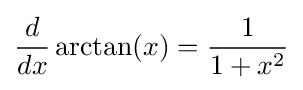
{\frac {d}{dx}}\arctan(x)={\frac {1}{1+x^{2}}}